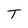
Character: T